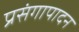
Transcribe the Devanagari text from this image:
प्रसंगापादन